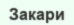
Закари